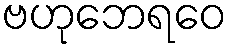
ဗဟုဘေရဝေ